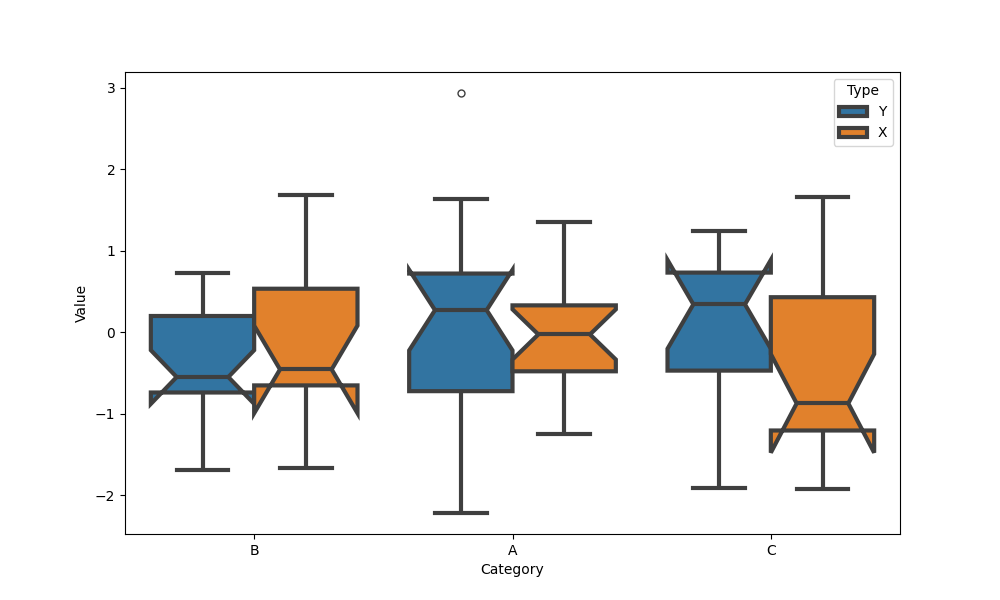
python, seaborn, boxplot, width=0.8, linewidth=3, fliersize=5, notch=True